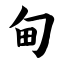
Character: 甸